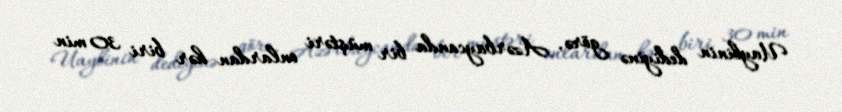
Uaylinin dediyinə görə, Azərbaycanda bir müştəri onlardan hər biri 30 min